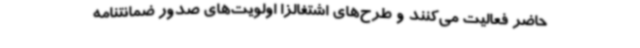
حاضر فعالیت می‌کنند و طرح‌های اشتغالزا اولویت‌های صدور ضمانتنامه